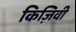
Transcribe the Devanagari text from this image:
किज़िवी